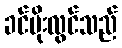
ခင်မိုးလွင်သည်